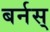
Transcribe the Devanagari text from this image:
बर्नस्